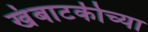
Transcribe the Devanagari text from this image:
खंबाटकीच्या